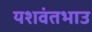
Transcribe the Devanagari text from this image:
यशवंतभाउ